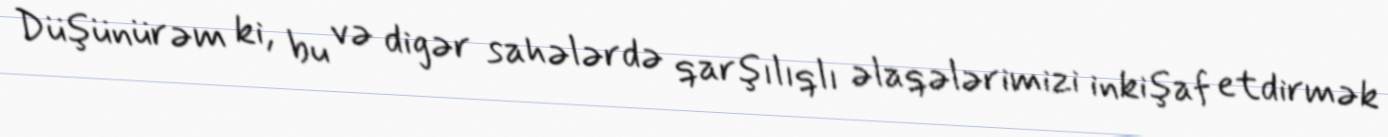
Düşünürəm ki, bu və digər sahələrdə qarşılıqlı əlaqələrimizi inkişaf etdirmək